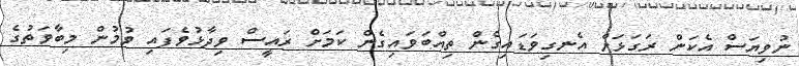
ނުވިޔަސް އެކަން ރަގަޅަށް އެނގިވަޑައިގެން ތިއްބަވައިގެން ކަމަށް ރައީސް ވިދާޅުވެފައި ވުމުން މިބާވަތުގެ